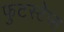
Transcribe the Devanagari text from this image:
फुटस्टेप्स